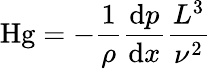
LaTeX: \mathrm{Hg}=-{\frac{1}{\rho}}{\frac{\mathrm{d}p}{\mathrm{d}x}}{\frac{L^{3}}{\nu^{2}}}